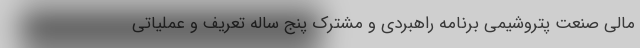
مالی صنعت پتروشیمی برنامه راهبردی و مشترک پنج ساله تعریف و عملیاتی